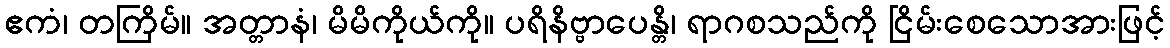
ဧကံ၊ တကြိမ်။ အတ္တာနံ၊ မိမိကိုယ်ကို။ ပရိနိဗ္ဗာပေန္တိ၊ ရာဂစသည်ကို ငြိမ်းစေသောအားဖြင့်